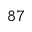
^ { 8 7 }